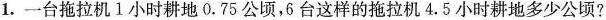
1. 一台拖拉机1小时耕地0.75公顷，6台这样的拖拉机4.5小时耕地多少公顷?